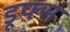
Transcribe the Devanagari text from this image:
डूफ्स